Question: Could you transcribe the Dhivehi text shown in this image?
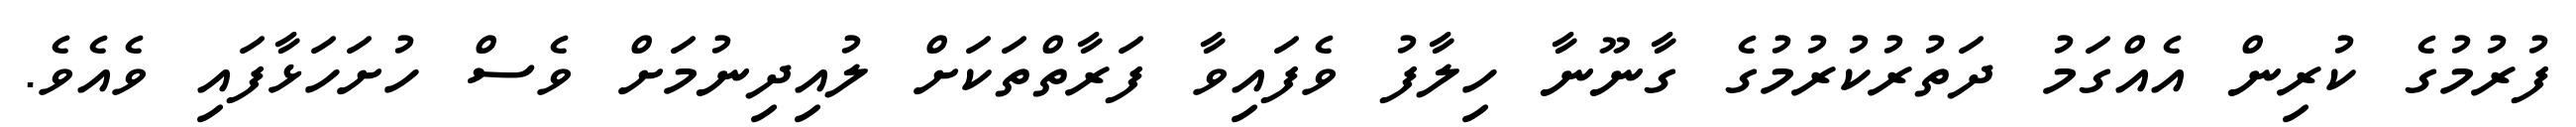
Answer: ފުރުމުގެ ކުރިން އެއްގަމު ދަތުރުކުރުމުގެ ގާނޫނާ ހިލާފު ވެފައިވާ ފަރާތްތަކަށް ލުއިދިނުމަށް ވެސް ހުށަހަޅާފައި ވެއެވެ.